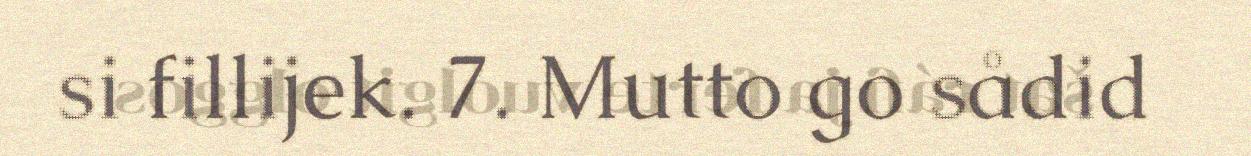
si fillijek. 7. Mutto go sådid